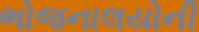
ભોજનાલયોની